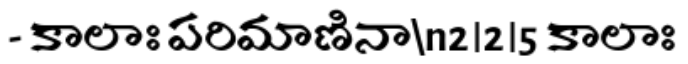
- కాలాః పరిమాణినా\n2।2।5 కాలాః